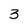
Character: 3